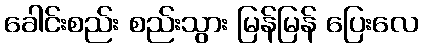
ခေါင်းစည်း စည်းသွား မြန်မြန် ပြေးလေ